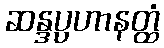
ဆန္ဒပ္ပဟာနတ္ထံ